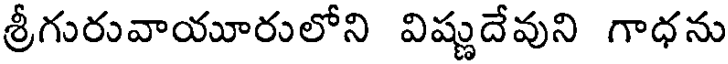
శ్రీగురువాయూరులోని విష్ణుదేవుని గాధను